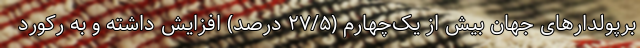
برپولدارهای جهان بیش از یک‌چهارم (۲۷/۵ درصد) افزایش داشته و به رکورد